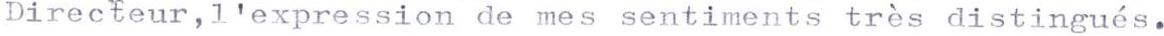
Directeur,l'expression de mes sentiments très distingués.